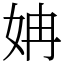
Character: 姌